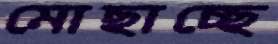
মোছাচ্ছে